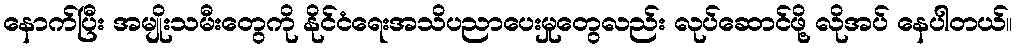
နောက်ပြီး အမျိုးသမီးတွေကို နိုင်ငံရေးအသိပညာပေးမှုတွေလည်း လုပ်ဆောင်ဖို့ လိုအပ် နေပါတယ်။